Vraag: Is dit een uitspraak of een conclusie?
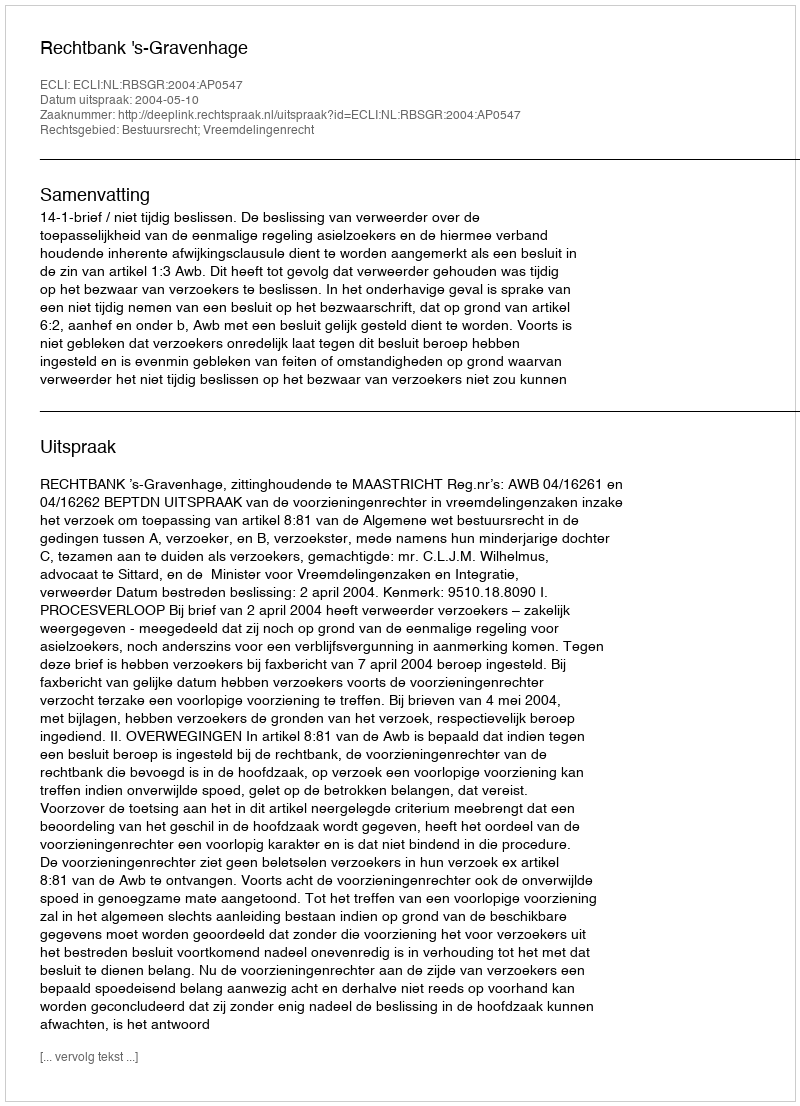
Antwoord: Uitspraak